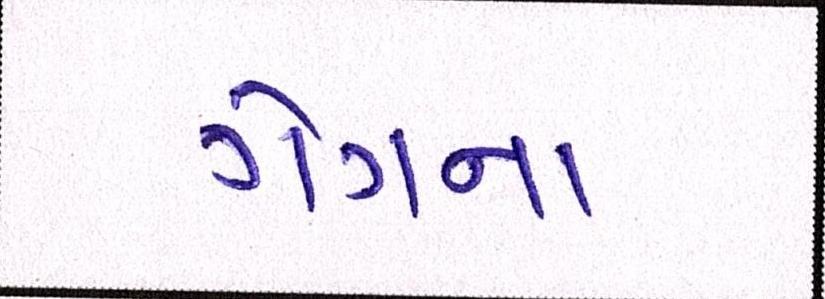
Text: ગેંગના